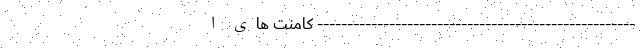
----------------------------------------------------- کامنت های ا